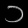
Digit: ၁